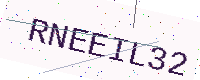
Text: RNEEIL32